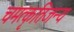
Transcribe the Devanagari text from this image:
चमत्कृतिजन्य